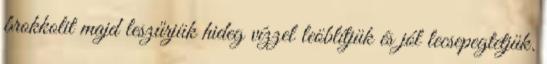
brokkolit majd leszűrjük hideg vízzel leöblítjük és jól lecsepegtetjük.